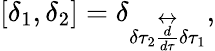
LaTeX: [\delta_{1},\delta_{2}]=\delta_{\delta\tau_{2}\stackrel{\leftrightarrow}{\frac{d}{d\tau}}\delta\tau_{1}},